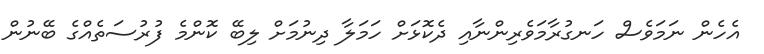
އެހެން ނަމަވެސް ހަނގުރާމަވެރިންނާއި ދެކޮޅަށް ހަމަލާ ދިނުމަށް ލިބޭ ކޮންމެ ފުރުސަތެއްގެ ބޭނުން